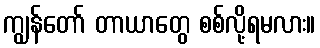
ကျွန်တော် တာယာတွေ စစ်လို့ရမလား။